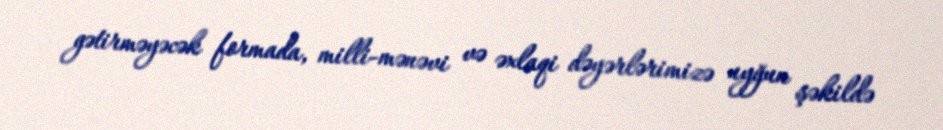
gətirməyəcək formada, milli-mənəvi və əxlaqi dəyərlərimizə uyğun şəkildə